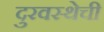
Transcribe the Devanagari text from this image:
दुरवस्थेची